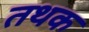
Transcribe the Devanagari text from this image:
तथक